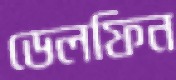
ডেলফিন